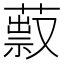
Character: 䔴